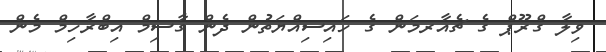
ވިލާ ގްރޫޕް ގެ ޗެއާރމަން ގެ ހައިސިއްޔަތުން ދެން ގާސިމް އިބްރާހިމް މެން